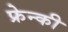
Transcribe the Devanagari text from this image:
फ्रेन्की